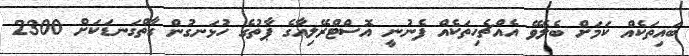
ބައިތަކެއް ކަމަށް ބެލެވޭ އެއްޗެހިތަކެއް ފެނުނީ އޮސްޓްރޭލިއާގެ ޕާތުގެ ހުޅަނގުން ގާތްގަނޑަކަށް 2300